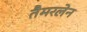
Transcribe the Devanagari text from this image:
तैमरलेन